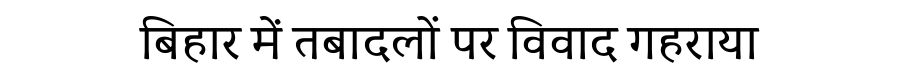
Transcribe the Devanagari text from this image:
बिहार में तबादलों पर विवाद गहराया